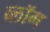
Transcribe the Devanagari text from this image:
व्लॉग